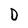
Character: D